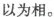
以为相。